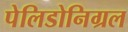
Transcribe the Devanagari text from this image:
पेलिडोनिग्रल